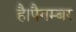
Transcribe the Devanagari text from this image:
है।पैगम्बर